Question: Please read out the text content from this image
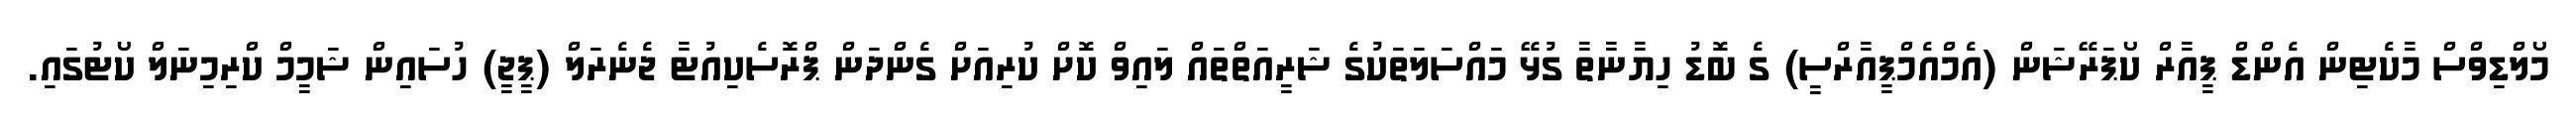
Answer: މޯލްޑިވްސް މާކެޓިން އެންޑް ޕީއާރް ކޯޕަރޭޝަން (އެމްއެމްޕީއާރްސީ) ގެ ބޮޑު ހިޔާނާތާ ގުޅޭ މައްސަލަތަކުގެ ޝަރީއަތްތައް ލައިވް ކޮށް ކުރިއަށް ގެންދަން ޕްރޮސެކިއުޓާ ޖެނެރަލް (ޕީޖީ) ހުސައިން ޝަމީމް ކްރިމިނަލް ކޯޓުގައި.